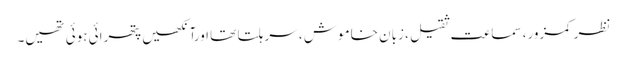
نظر کمزور، سماعت ثقیل ، زبان خاموش ، سر ہلتا تھا اورآنکھیں پتھرائی ہوئی تھیں۔